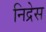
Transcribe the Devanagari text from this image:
निद्रेस